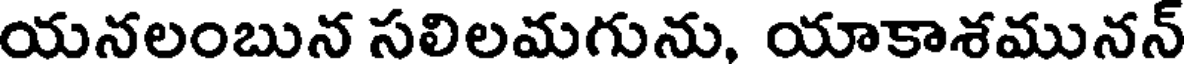
యనలంబున సలిలమగును, యాకాశమునన్